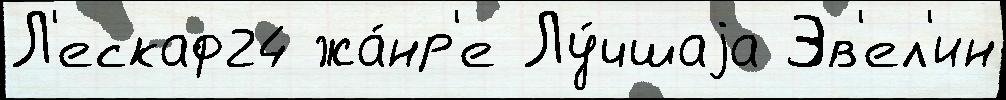
Л'ескаф24 жа́нр'е Лу́чшаjа Эв'ел'ин